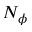
N _ { \phi }